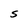
Character: S